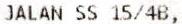
JALAN SS 15/4B,